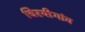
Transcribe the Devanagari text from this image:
चिरयीगांव